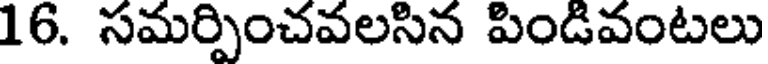
16. సమర్పించవలసిన పిండివంటలు